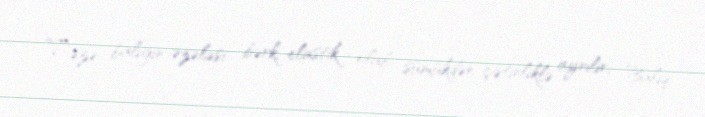
Təzə balığın əzələsi bərk, elastik olub, sümükdən çətinliklə ayrılır; Balıq